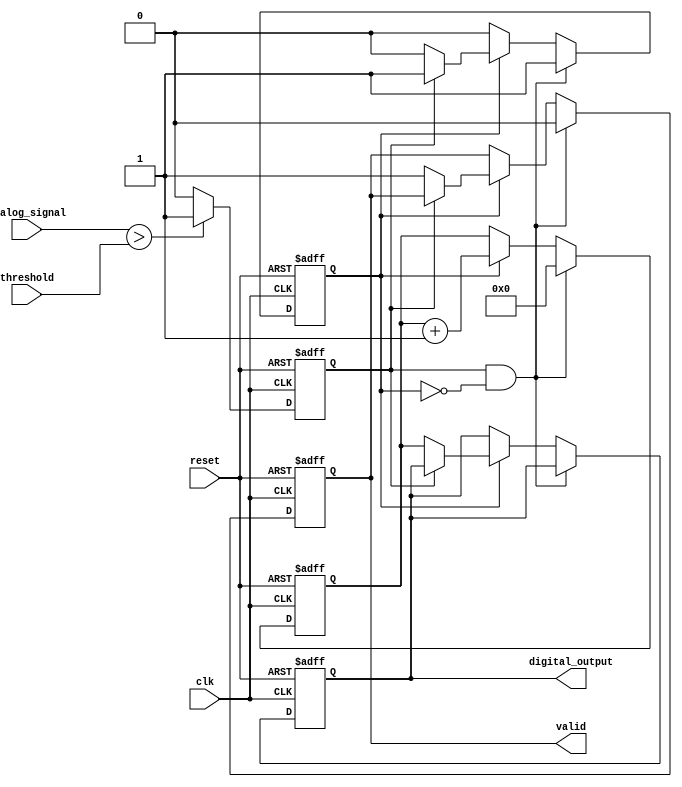
module ATDC (
    input wire clk,                // Sampling clock
    input wire reset,              // Asynchronous reset
    input wire analog_signal,       // Analog input signal (1-bit for simplicity)
    input wire threshold,           // Threshold level (1-bit for simplicity)
    output reg [15:0] digital_output, // 16-bit digital output
    output reg valid               // Output valid signal
);

    reg [15:0] counter;            // Counter for time measurement
    reg measuring;                 // State to indicate if measuring is active
    reg threshold_crossed;         // Signal to indicate threshold crossing

    // Comparator logic to detect threshold crossing
    always @(posedge clk or posedge reset) begin
        if (reset) begin
            threshold_crossed <= 1'b0;
        end else begin
            if (analog_signal > threshold) begin
                threshold_crossed <= 1'b1; // Threshold crossed
            end else begin
                threshold_crossed <= 1'b0; // Threshold not crossed
            end
        end
    end

    // Time measurement logic
    always @(posedge clk or posedge reset) begin
        if (reset) begin
            counter <= 16'b0;
            measuring <= 1'b0;
            valid <= 1'b0;
            digital_output <= 16'b0;
        end else begin
            if (threshold_crossed && !measuring) begin
                measuring <= 1'b1; // Start measuring
                counter <= 16'b0;  // Reset counter
                valid <= 1'b0;     // Clear valid signal
            end else if (measuring) begin
                counter <= counter + 1; // Increment counter
                if (threshold_crossed == 1'b0) begin
                    measuring <= 1'b0; // Stop measuring
                    digital_output <= counter; // Latch counter value
                    valid <= 1'b1; // Set valid signal
                end
            end
        end
    end

endmodule